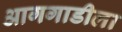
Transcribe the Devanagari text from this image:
आगगाडीला